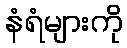
နံရံများကို